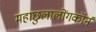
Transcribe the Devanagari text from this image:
महाछुलालोंगकॉर्न